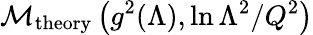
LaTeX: {\cal M}_{\mathrm{theory}}\left(g^{2}(\Lambda),\ln{\Lambda^{2}/Q^{2}}\right)